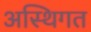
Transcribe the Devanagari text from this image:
अस्थिगत